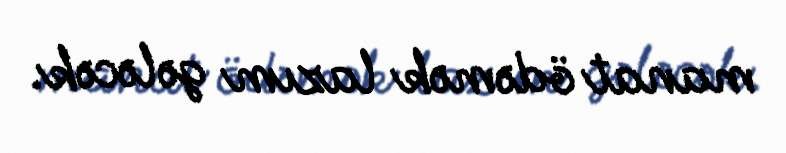
manat ödəmək lazım gələcək.